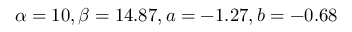
\alpha = 1 0 , \beta = 1 4 . 8 7 , a = - 1 . 2 7 , b = - 0 . 6 8